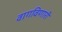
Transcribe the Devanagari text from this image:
वागविणारी